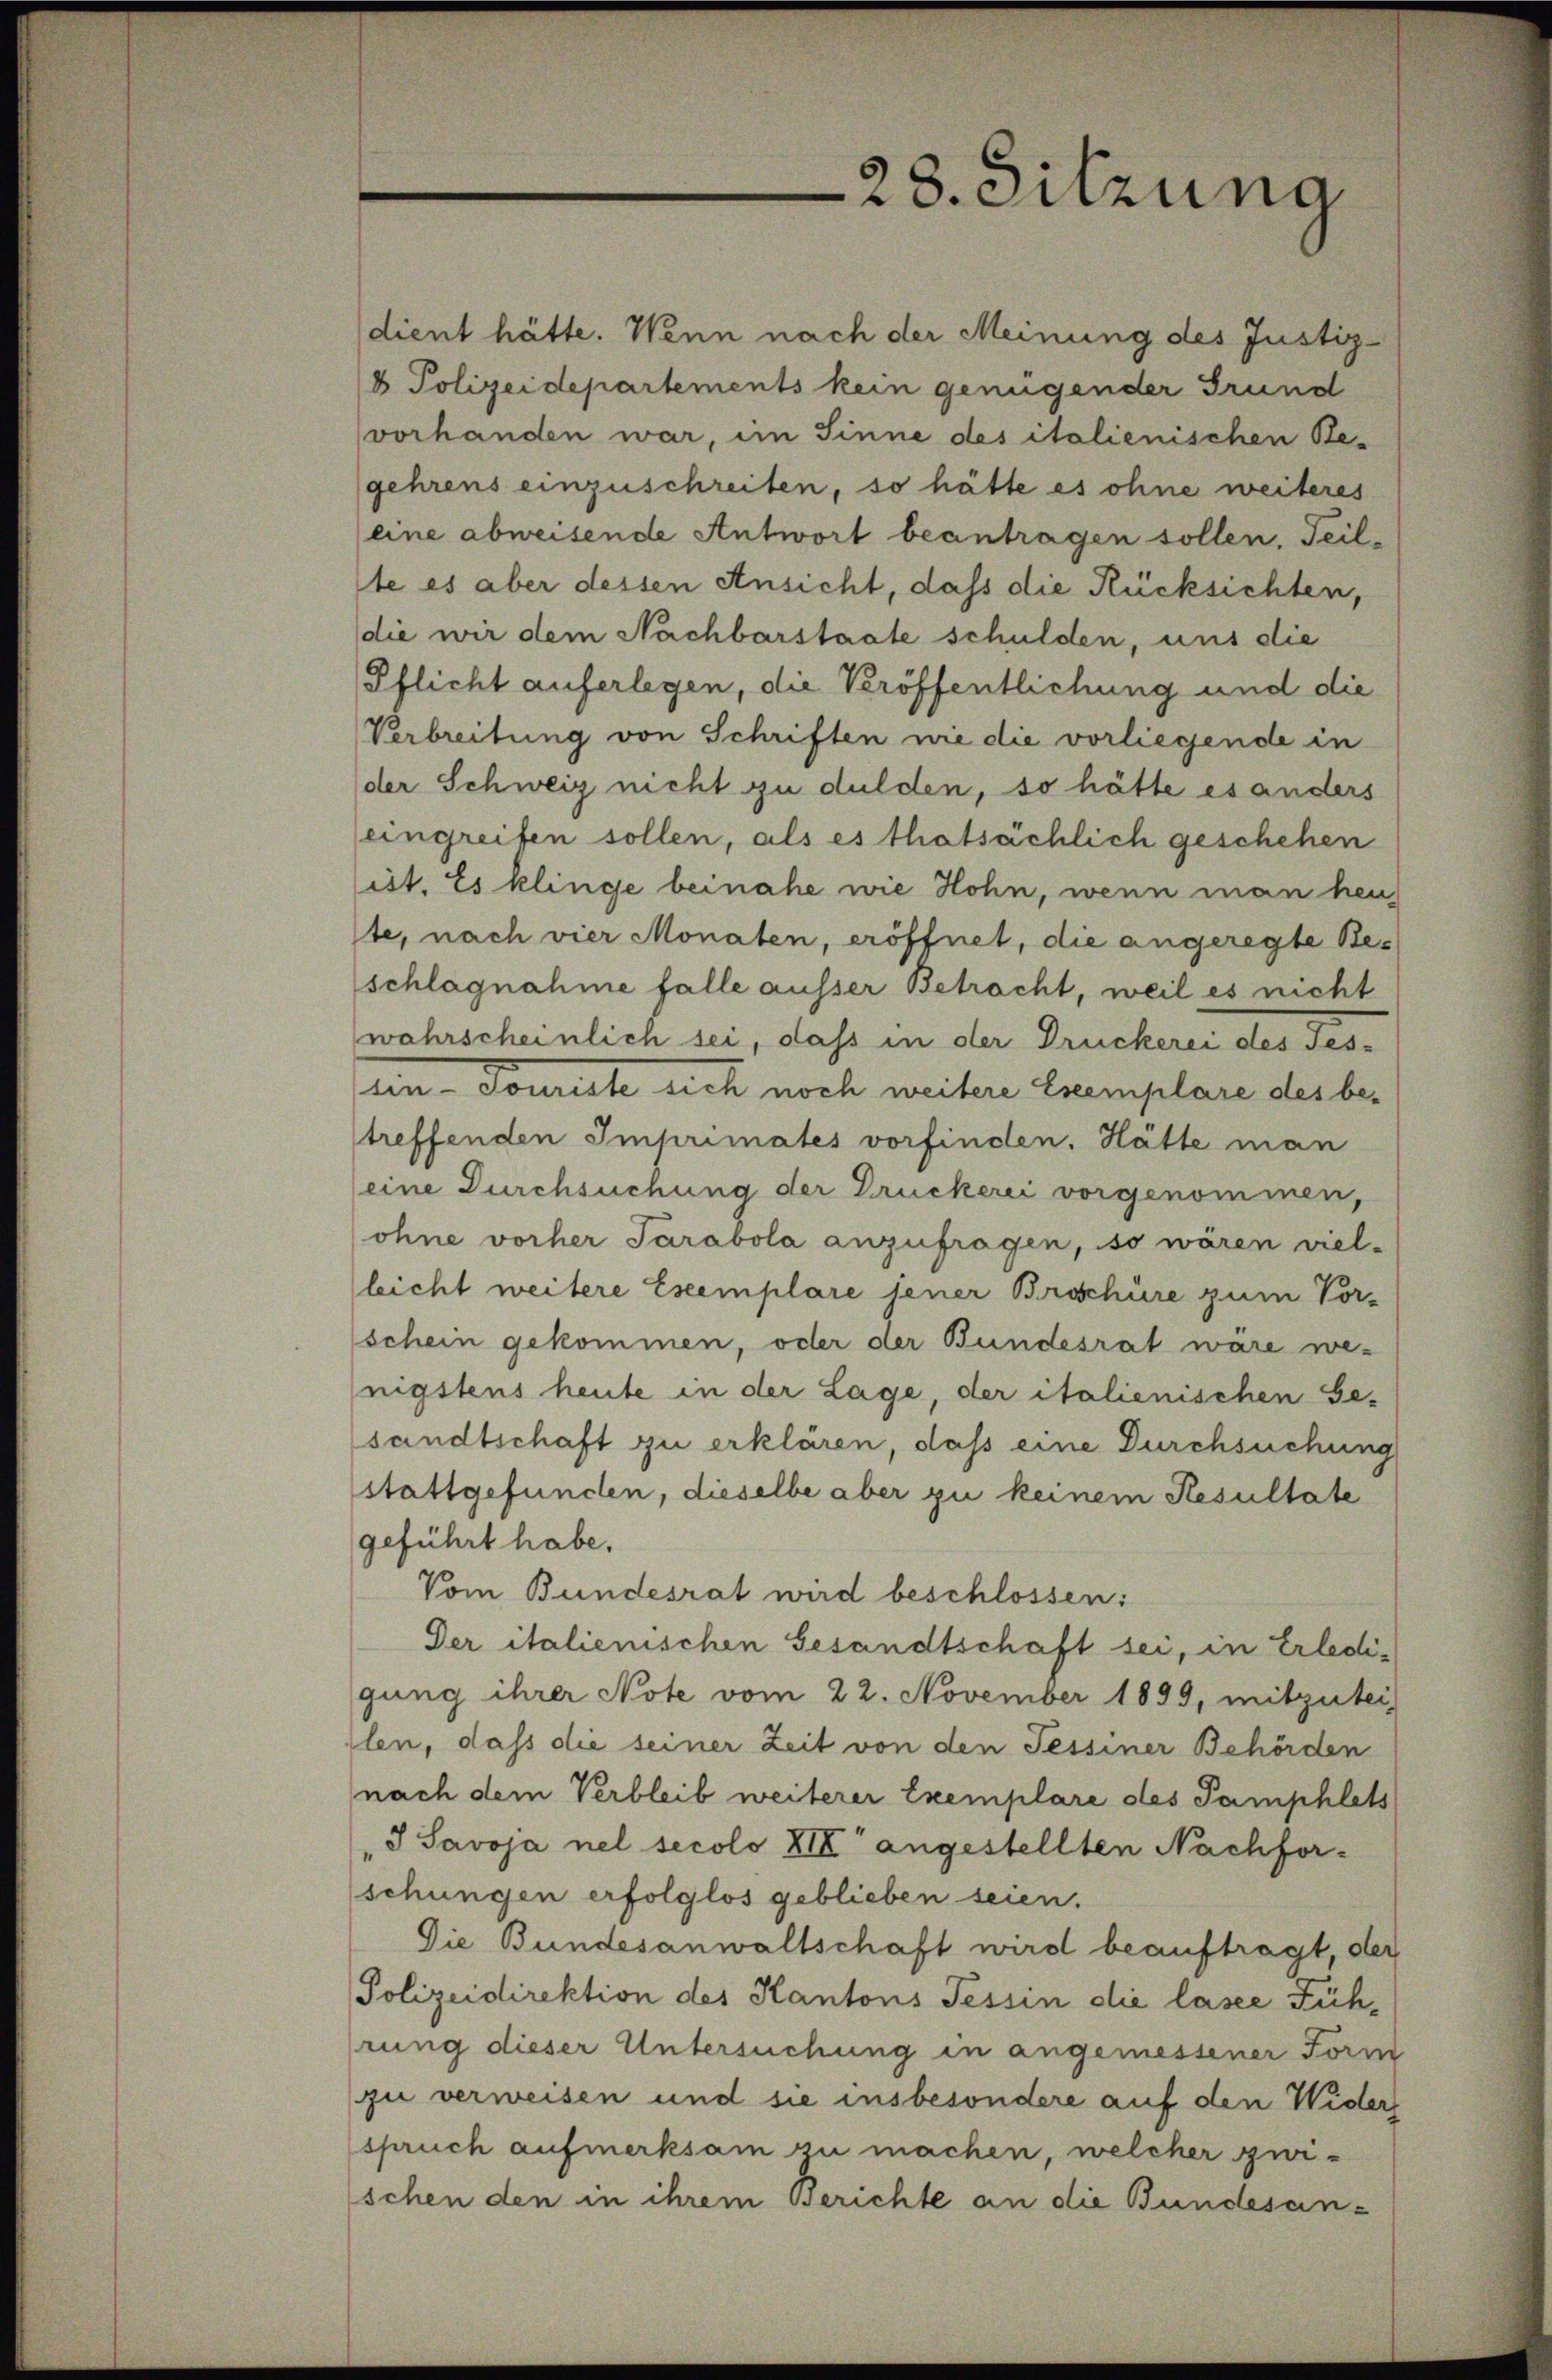
dient hätte. Wenn nach der Meinung des Justiz-
8 Polizeidepartements kein genügender Grund

28. Sitzung

vorhanden war, im Sinne des italienischen Be-
gehrens einzuschreiben, so hätte es ohne weiteres
eine abweisende Antwort beantragen sollen, Teil-
ste es aber dessen Ansicht, daß die Rücksichten,
die wir dem Nachbarstaate schulden, uns die
Pflicht auferlegen, die Veröffentlichung und die
Verbreitung von Schriften wie die vorliegende in
der Schweiz nicht zu dulden, so hätte es anders
eingreifen sollen, als es thatsächlich geschehen
ist. Es klinge beinahe wie Hohn, wenn man heu
ste, nach vier Monaten, eröffnet, die angeregte Beschlagnahme falle ausser Betracht, weil es nicht
wahrscheinlich sei, dass in der Druckerei des Tes-
ein Tourirte sich noch weitere Exemplare des betreffenden Imprimates vorfinden. Hätte man
eine Durchsuchung der Druckerei vorgenommen,
ohne vorher Parabola anzufragen, so wären viel-
leicht weitere Eseemplare jener Broschüre zum Vor-
schein gekommen, oder der Bundesrat wäre we-
nigstens heute in der Lage, der italienischen Ge-
sandtschaft zu erklären, daß eine Durchsuchung
stattgefunden, dieselbe aber zu keinem Resultate
geführt habe.
Vom Bundesrat wird beschlossen:
Der italienischen Gesandtschaft sei, in Erledigung ihrer Note vom 22. November 1899, mitzutei
ilen, dass die seiner Zeit von den Tessiner Behörden
nach dem Verbleib weiterer Exemplare des Pamphlets
"J Savoja nel secolo XII angestellten Nachforschungen erfolglos geblieben seien.
Die Bundesanwaltschaft wird beauftragt der
Polizeidirektion des Kantons Tessin die lasee Führung dieser Untersuchung in angemessener Förm
zu verweisen und sie insbesondere auf den Widers
(spruch aufmerksam zu machen, welcher zwischen den in ihrem Berichte an die Bundesan¬